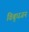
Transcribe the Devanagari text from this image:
विबुधजन